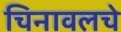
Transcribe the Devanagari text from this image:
चिनावलचे